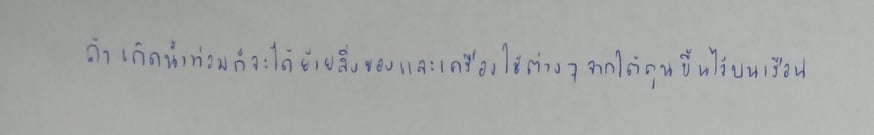
ถ้าเกิดน้ำท่วมก็จะได้ย้ายสิ่งของและเครื่องใช้ต่างๆจากใต้ถุนขึ้นไว้บนเรือน